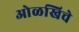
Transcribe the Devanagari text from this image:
ओळखिचे